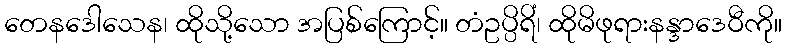
တေနဒေါသေန၊ ထိုသို့သော အပြစ်ကြောင့်။ တံဥပ္ပိရိံ၊ ထိုမိဖုရားနန္ဒာဒေဝီကို။